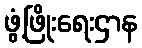
ဖွံ့ဖြိုးရေးဌာန